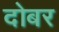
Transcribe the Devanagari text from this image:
दोबर